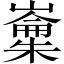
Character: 𱤢